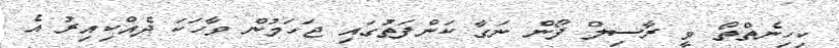
ކިހިނެތްތޯ ވީ ރާސިލް ފޯން ނަގާ ކަންފަތުގައި ޖަހަމުން ވާހަކަ ދެއްކިއިރު އެ